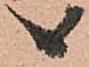
候